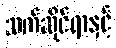
သက်ဆိုင်ရာနှင့်